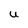
Character: U